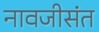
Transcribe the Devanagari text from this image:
नावजीसंत